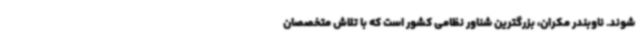
شوند. ناوبندر مکران، بزرگترین شناور نظامی کشور است که با تلاش متخصصان